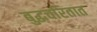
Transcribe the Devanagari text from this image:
बुद्धचरितात